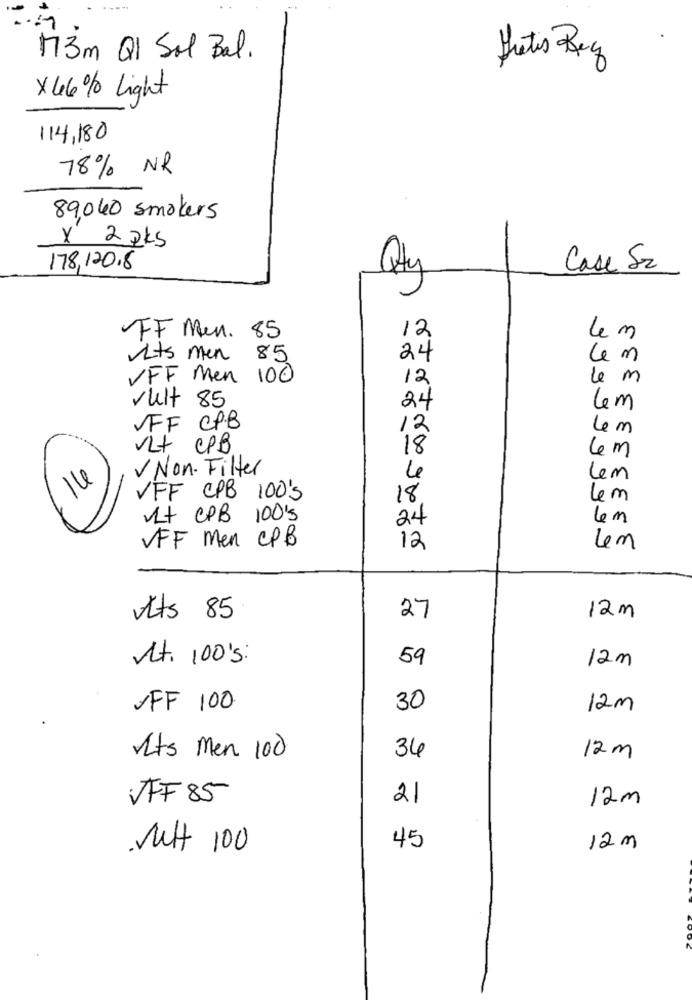
M3m Ql Sol Bal.
Gratis Reg
X 66% Light
114,180
78% NR
89,040 smokers
X 2 pts
178,120.8
Case Sr
Qty
12
FF Men. 85
lem
Its men
85
24
VFF Men 100
12
le m
vult 85
24
lem
VFF CPB
12
Lem
VLt CPB
18
6 m
V Non. Filter
16
Le
Lem
VFF CPB 100'S
18
4m
1+ CPB 100'S
24
4 m
VFF Men CPB
12
12m
Ats 85
27
At. 100's:
59
12m
SFF 100
30
12m
34
Its Men 100
12 m
VFF 85
21
12m
.Nul 100
45
12 m